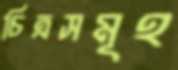
চিত্রসমূহ